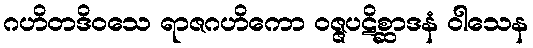
ဂဟိတဒိဝသေ ရာဇဂဟိကော ဝဇ္ဇပဋိစ္ဆာဒနံ ဝါသေန